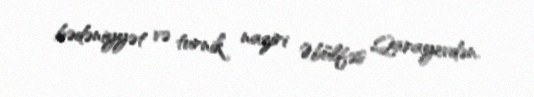
bədəniyyət və turnik naziri Əbülfəs Qarayevdən.